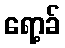
ရော့ခ်